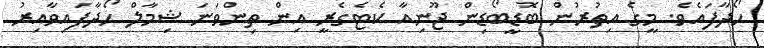
ހޯދާފައެވެ. މީގެ އިތުރުން ބޮޑީބޯޑިން ޖޫނިއާ ކެޓެގެރީ އިން ތިންވަނަ ޝިމާލް ހޯދާފައިވާއިރު